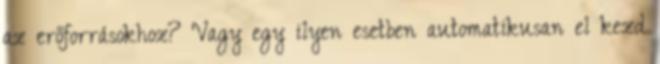
az erőforrásokhoz? Vagy egy ilyen esetben automatikusan el kezd